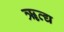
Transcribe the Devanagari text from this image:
ॠत्द्य